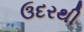
ઉદરથી